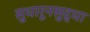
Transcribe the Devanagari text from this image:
सुधारूनसुद्धा